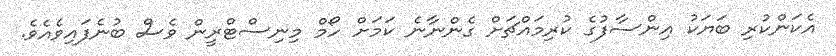
އެކަންކުރި ބަޔަކު އިންސާފުގެ ކުރިމައްޗަށް ގެންނާނެ ކަމަށް ހޯމް މިނިސްޓްރީން ވެސް ބުނެފައިވެއެވެ.